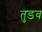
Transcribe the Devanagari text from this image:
तुडव